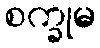
စက္ခုမ